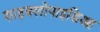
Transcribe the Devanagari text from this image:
साइक्लोपाइडिआ